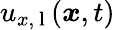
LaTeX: u_{x,\mathrm{~l~}}(\boldsymbol{x},t)